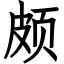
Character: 颇